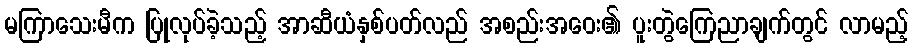
မကြာသေးမီက ပြုလုပ်ခဲ့သည့် အာဆီယံနှစ်ပတ်လည် အစည်းအဝေး၏ ပူးတွဲကြေညာချက်တွင် လာမည့်